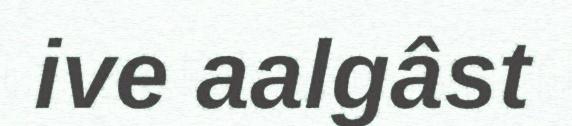
ive aalgâst